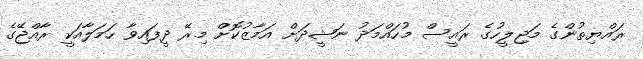
ރައްޔިތުންގެ މަޖިލީހުގެ ރައީސް މުހައްމަދު ނަޝީދަށް އަމާޒުކޮށް މިރޭ ދީފައިވާ ހަމަލާއަކީ ރާއްޖޭގެ